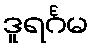
ဒူရင်္ဂမ